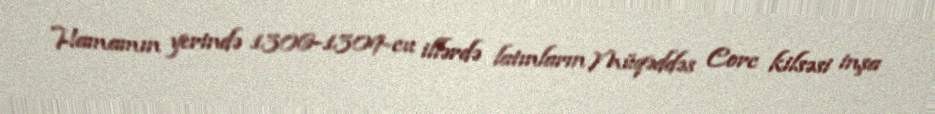
Hamamın yerində 1306-1309-cu illərdə latınların Müqəddəs Corc kilsəsi inşa